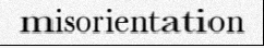
misorientation